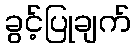
ခွင့်ပြုချက်